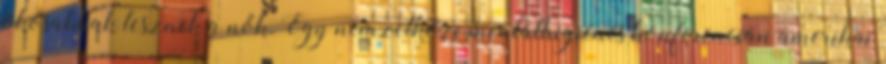
okosabbak lesznek a nők. Egy nemzetközi mentálhigiénés konferencián amerikai